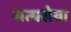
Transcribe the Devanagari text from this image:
सत्यसेवा